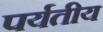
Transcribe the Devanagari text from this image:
पर्यतीय